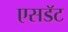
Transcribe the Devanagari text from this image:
एसडॅट